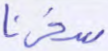
سخرنا